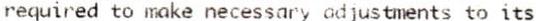
REQUIRED TO MAKE NECESSARY ADJUSTMENTS TO ITS